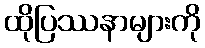
ထိုပြဿနာများကို